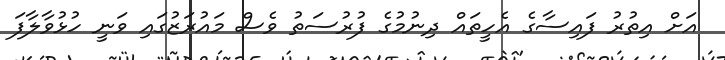
އަށް އިތުރު ފައިސާގެ އެހީތައް ދިނުމުގެ ފުރުސަތު ވެސް މައުރަޒުގައި ވަނީ ހުޅުވާލާފަ